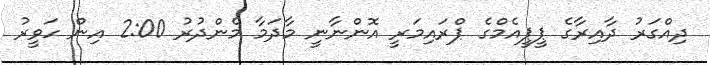
ދިއްގަރު ދާާއިރާގެ ޕީޕީއެމްގެ ޕްރައިމަރީ އޮންނާނީ މާދަމާ މެންދުރު 2:00 އިން ހަވީރު